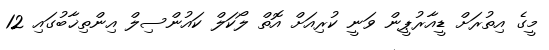
މީގެ އިތުރަށް ޑީއާރުޕީން ވަނީ ކުރިއަށް އޮތް ލޯކަލް ކައުންސިލް އިންތިޚާބުގައި 12